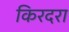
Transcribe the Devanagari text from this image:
किरदरा